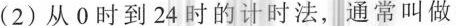
(2) 从0时到24时的计时法，通常叫做